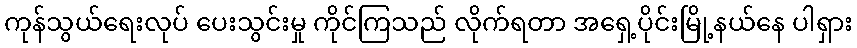
ကုန်သွယ်ရေးလုပ် ပေးသွင်းမှု ကိုင်ကြသည် လိုက်ရတာ အရှေ့ပိုင်းမြို့နယ်နေ ပါရှား